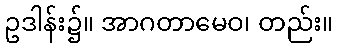
ဥဒါန်း၌။ အာဂတာမေဝ၊ တည်း။